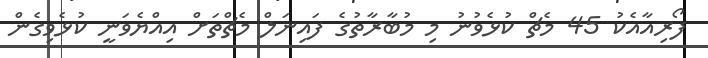
ފޯރިއާއެކު 45 މެޗް ކުޅެވުނު މި މުބާރާތުގެ ފައިނަލް މެޗްތަށް އިއްޔެވަނީ ކުޅެވިގެން